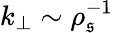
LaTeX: k_{\perp}\sim\rho_{\mathfrak{s}}^{-1}